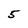
Character: 5